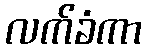
လက်ခံကာ